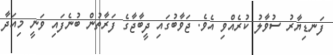
ފަނޑިޔާރު ސުވާލު ކުރެއްވި އެވެ. ޖަވާބުގައި ދީބާޖާގެ ފަރާތުން ބުނެފައި ވަނީ މިއަދާ